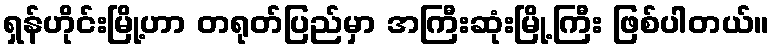
ရှန်ဟိုင်းမြို့ဟာ တရုတ်ပြည်မှာ အကြီးဆုံးမြို့ကြီး ဖြစ်ပါတယ်။